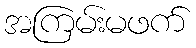
အကြမ်းမဖက်